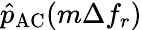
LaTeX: \hat{p}_{\mathrm{AC}}(m\Delta f_{r})